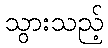
သွားသည့်